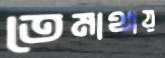
তেমাথায়